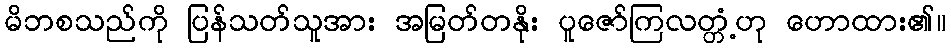
မိဘစသည်ကို ပြန်သတ်သူအား အမြတ်တနိုး ပူဇော်ကြလတ္တံ့ဟု ဟောထား၏။